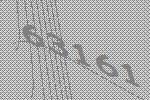
63161